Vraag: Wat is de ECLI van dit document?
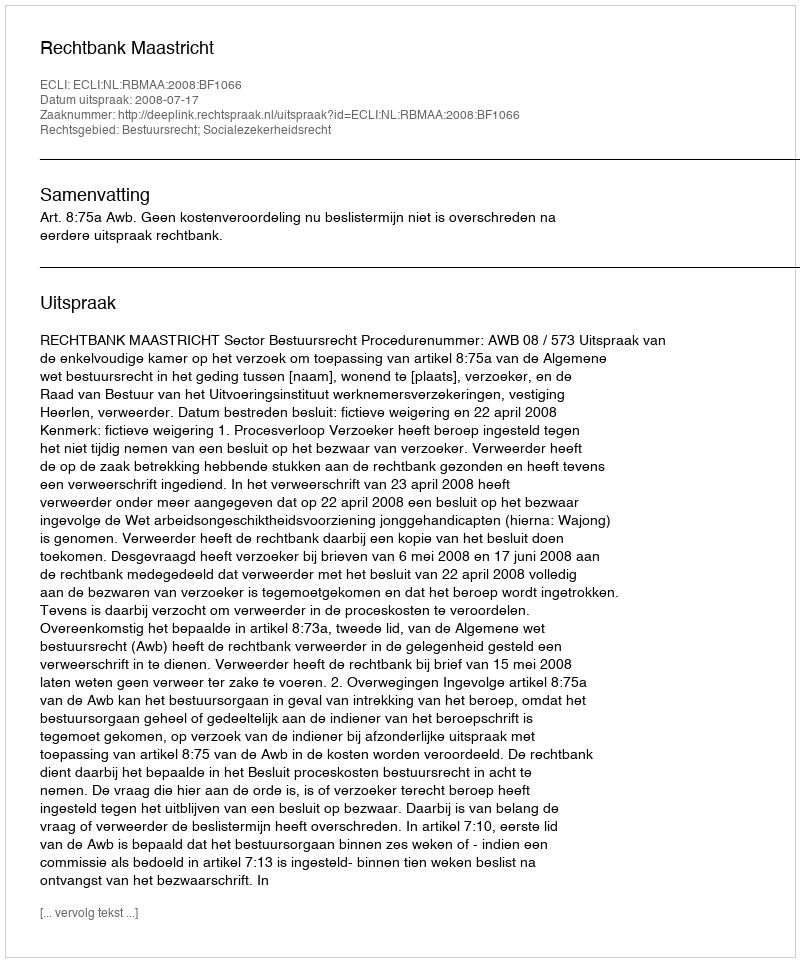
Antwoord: ECLI:NL:RBMAA:2008:BF1066